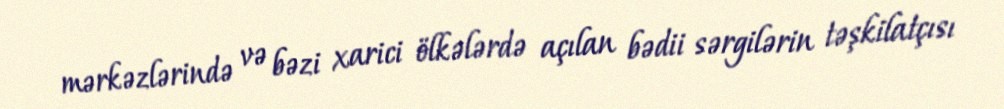
mərkəzlərində və bəzi xarici ölkələrdə açılan bədii sərgilərin təşkilatçısı